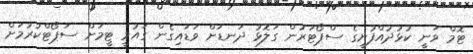
ޓޮމް ވަނީ ކުޅުދުއްފުށީގެ ސްޕޯޓަރުން ގަލޮޅު ދަނޑަށް ވަޑައިގެން ގައުމީ ޓީމަށް ސަޕޯޓްކުރުމަށް